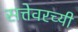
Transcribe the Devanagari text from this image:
सत्तेवरच्यी